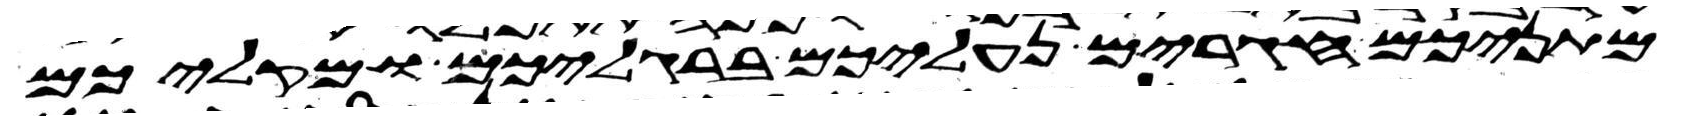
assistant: מתניכם חגרים נעליכם ברגליכם ומקליכם